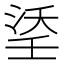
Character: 𭰶